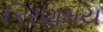
કિરણમય